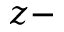
z -